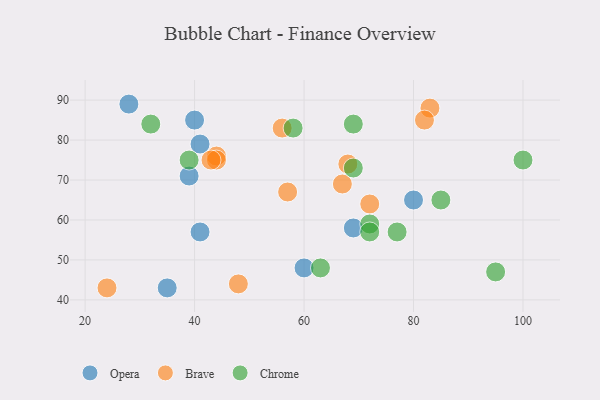
{"axis": {"x": "GDP", "y": "Life Expectancy"}, "legend": ["Brave", "Chrome", "Opera"], "data": [{"x": "69", "y": 58, "type": "Opera"}, {"x": "35", "y": 43, "type": "Opera"}, {"x": "41", "y": 57, "type": "Opera"}, {"x": "41", "y": 79, "type": "Opera"}, {"x": "40", "y": 85, "type": "Opera"}, {"x": "80", "y": 65, "type": "Opera"}, {"x": "60", "y": 48, "type": "Opera"}, {"x": "28", "y": 89, "type": "Opera"}, {"x": "39", "y": 71, "type": "Opera"}, {"x": "44", "y": 76, "type": "Brave"}, {"x": "24", "y": 43, "type": "Brave"}, {"x": "83", "y": 88, "type": "Brave"}, {"x": "67", "y": 69, "type": "Brave"}, {"x": "68", "y": 74, "type": "Brave"}, {"x": "82", "y": 85, "type": "Brave"}, {"x": "44", "y": 75, "type": "Brave"}, {"x": "72", "y": 64, "type": "Brave"}, {"x": "48", "y": 44, "type": "Brave"}, {"x": "43", "y": 75, "type": "Brave"}, {"x": "57", "y": 67, "type": "Brave"}, {"x": "56", "y": 83, "type": "Brave"}, {"x": "72", "y": 59, "type": "Chrome"}, {"x": "69", "y": 84, "type": "Chrome"}, {"x": "69", "y": 73, "type": "Chrome"}, {"x": "63", "y": 48, "type": "Chrome"}, {"x": "32", "y": 84, "type": "Chrome"}, {"x": "77", "y": 57, "type": "Chrome"}, {"x": "39", "y": 75, "type": "Chrome"}, {"x": "58", "y": 83, "type": "Chrome"}, {"x": "72", "y": 57, "type": "Chrome"}, {"x": "85", "y": 65, "type": "Chrome"}, {"x": "100", "y": 75, "type": "Chrome"}, {"x": "95", "y": 47, "type": "Chrome"}]}